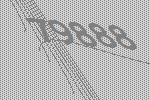
79888